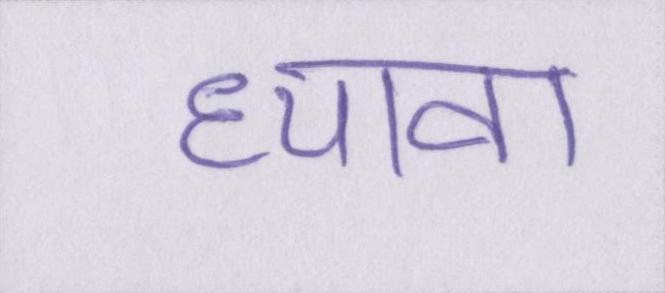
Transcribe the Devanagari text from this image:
ध्यावा